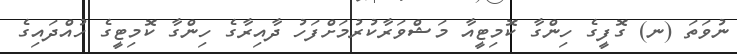
ނުވަތަ (ނ) ގޮފީގެ ހިންގާ ކޮމިޓީއާ މަޝްވަރާކުރުމަށްފަހު ދާއިރާގެ ހިންގާ ކޮމިޓީގެ ހުއްދައިގެ